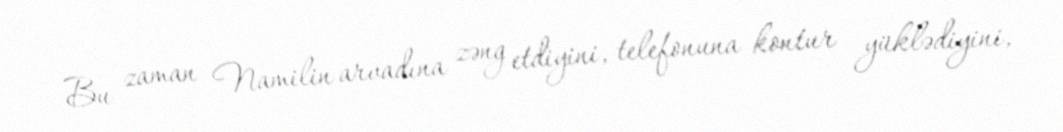
Bu zaman Namilin arvadına zəng etdiyini, telefonuna kontur yüklədiyini,